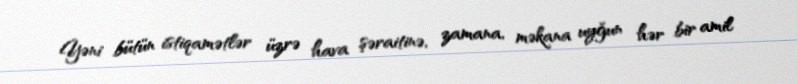
Yəni bütün istiqamətlər üzrə hava şəraitinə, zamana, məkana uyğun hər bir amil